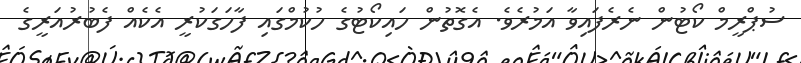
ސުޕްރީމް ކޯޓުން ނެރެފައިވާ އަމުރެވެ. އެގޮތުން ހައިކޯޓުގެ ހުކުމްގައި ފާހަގަކުރީ އެކެއް ފެބުރުއަރީގެ